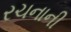
રચનાની